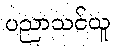
ပညာသင်ယူ